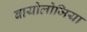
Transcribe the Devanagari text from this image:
बायोलोजिया